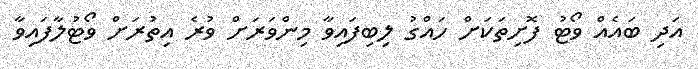
އަދި ބައެއް ވޯޓު ފޮށިތަކަށް ހައްގު ލިބިފައިވާ މިންވަރަށް ވުރެ އިތުރަށް ވޯޓުލާފައިވާ